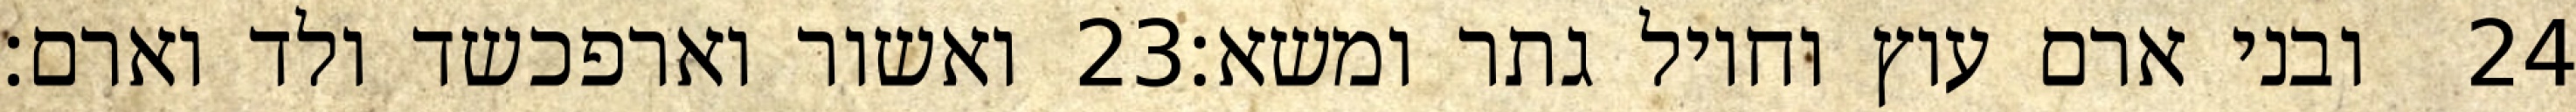
ואשור וארפכשד ולד וארם׃ ‎23‏ ובני ארם עוץ וחויל גתר ומשא׃ ‎24‏